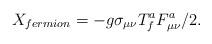
LaTeX: \begin{align*}X_{fermion}=-g\sigma_{\mu\nu}T^{a}_{f}F^{a}_{\mu\nu}/2.\end{align*}